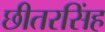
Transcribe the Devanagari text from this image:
छीतरसिंह